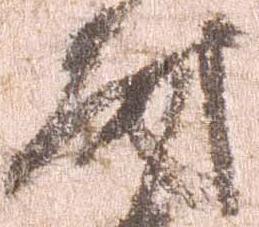
尉